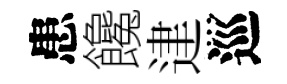
患饞䢖巡